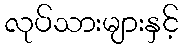
လုပ်သားများနှင့်